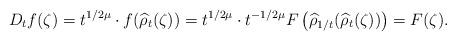
LaTeX: \begin{align*}D_tf(\zeta) = t^{1/2\mu}\cdot f(\widehat{\rho}_t(\zeta)) = t^{1/2\mu}\cdot t^{-1/2\mu}F\left(\widehat{\rho}_{1/t}(\widehat{\rho}_t(\zeta))\right) = F(\zeta).\end{align*}